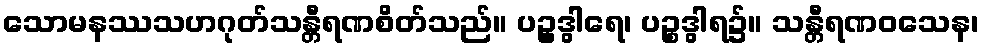
သောမနဿသဟဂုတ်သန္တီရဏစိတ်သည်။ ပဉ္စွဒွါရေ၊ ပဉ္စဒွါရ၌။ သန္တီရဏဝသေန၊